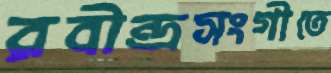
রবীন্দ্রসংগীতে